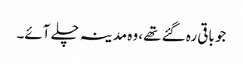
جو باقی رہ گئے تھے، وہ مدینہ چلے آئے۔